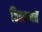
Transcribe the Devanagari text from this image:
ठिकाणचें